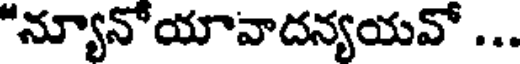
"న్యూనోయావాదన్యయవో ...